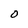
Character: 0